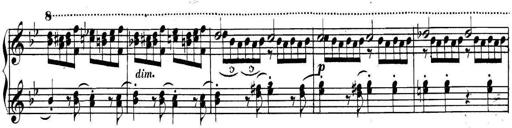
Title: Collected Piano Sonatas
Composer: Muzio Clementi